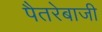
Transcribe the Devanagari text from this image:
पैतरेबाजी